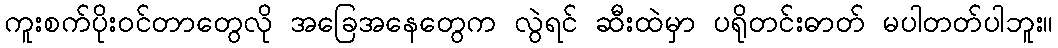
ကူးစက်ပိုးဝင်တာတွေလို အခြေအနေတွေက လွဲရင် ဆီးထဲမှာ ပရိုတင်းဓာတ် မပါတတ်ပါဘူး။